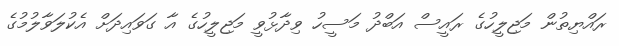
ރައްޔިތުން މަޖިލީހުގެ ރައީސް އަބްދު މަސީހު ވިދާޅުވީ މަޖިލީހުގެ އާ ގަވައިދަށް އެކުލަވާލުމުގެ